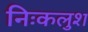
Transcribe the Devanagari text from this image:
निःकलुश